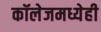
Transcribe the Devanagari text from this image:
कॉलेजमध्येही